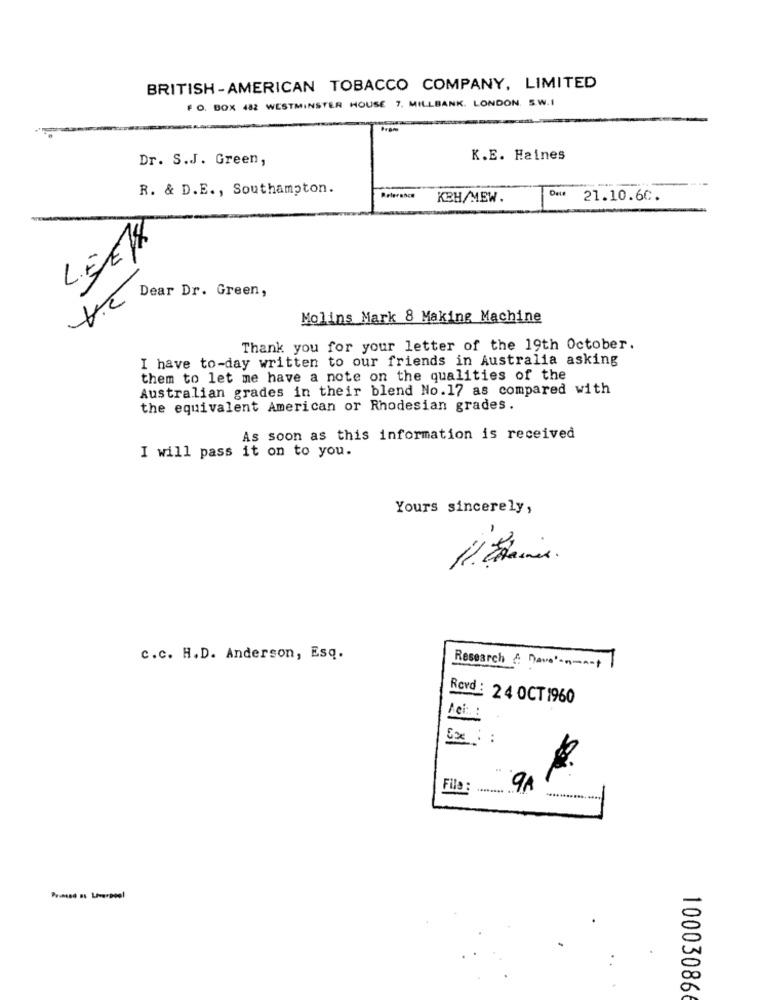
BRITISH -AMERICAN TOBACCO COMPANY, LIMITED
F O. BOX 482 WESTMINSTER HOUSE 7. MILLBANK. LONDON. S.W.I
Dr. S.J. Green,
K.E. Haines
R. & D.E ., Southampton.
KBH/MEW.
Du 21.10.6C.
V.C Dear Dr. Green,
Molins Mark 8 Making Machine
Thank you for your letter of the 19th October.
I have to-day written to our friends in Australia asking
them to let me have a note on the qualities of the
Australian grades in their blend No.17 as compared with
the equivalent American or Rhodesian grades.
As soon as this information is received
I will pass it on to you.
Yours sincerely,
-
c.c. H.D. Anderson, Esq.
Research & nava' ----
Revd : 24 OCT 1960
5x
..
File :
9A
Primed as Liverpool
100030866